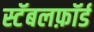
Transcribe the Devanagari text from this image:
स्टॅबलफ़ॉर्ड